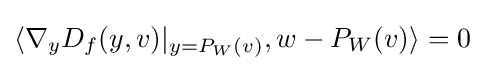
\langle \nabla _{y}D_{f}(y,v)|_{y=P_{W}(v)},w-P_{W}(v)\rangle =0